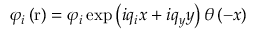
{ { \varphi } _ { i } } \left( \mathrm { r } \right) = { { \varphi } _ { i } } \exp \left( i { { q } _ { i } } x + i { { q } _ { y } } y \right) \theta \left( - x \right)